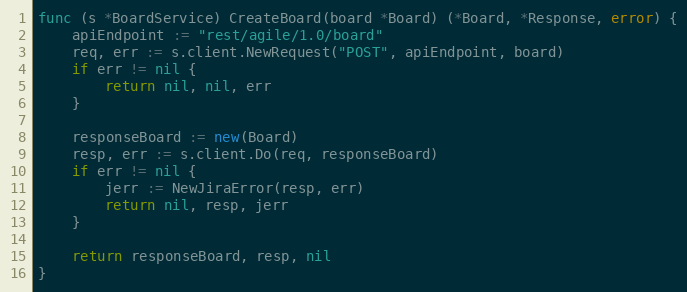
Language: Go
func (s *BoardService) CreateBoard(board *Board) (*Board, *Response, error) {
	apiEndpoint := "rest/agile/1.0/board"
	req, err := s.client.NewRequest("POST", apiEndpoint, board)
	if err != nil {
		return nil, nil, err
	}

	responseBoard := new(Board)
	resp, err := s.client.Do(req, responseBoard)
	if err != nil {
		jerr := NewJiraError(resp, err)
		return nil, resp, jerr
	}

	return responseBoard, resp, nil
}